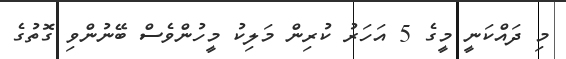
މި ދައްކަނީ މީގެ 5 އަހަރު ކުރިން މަލިކު މީހުންވެސް ބޭނުންވި ގޮތުގެ